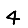
Digit: 4